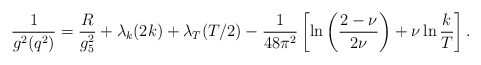
\begin{align*}{1\over g^2(q^2)}= {R\over g_5^2}+ \lambda_k(2k) + \lambda_T(T/2) -{1\over 48\pi^2}\left[\ln\left({2-\nu\over 2\nu}\right) +\nu\ln{k\over T}\right].\end{align*}